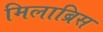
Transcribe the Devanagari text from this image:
मिलाब्रिस